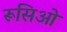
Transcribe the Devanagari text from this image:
रूसिओं